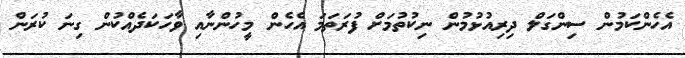
އެހެންކަމުން ސިންގަލް ދިރިއުޅުމުން ނިކުތުމަށް ފުރަތަމަ އެހެން މީހުންނާއި ވާހަކަދެއްކުން ގިނަ ކުރަން